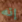
إنه